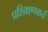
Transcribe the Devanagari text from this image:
प्रशिक्षणकर्ते